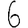
Digit: 6